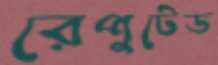
রেপুটেড